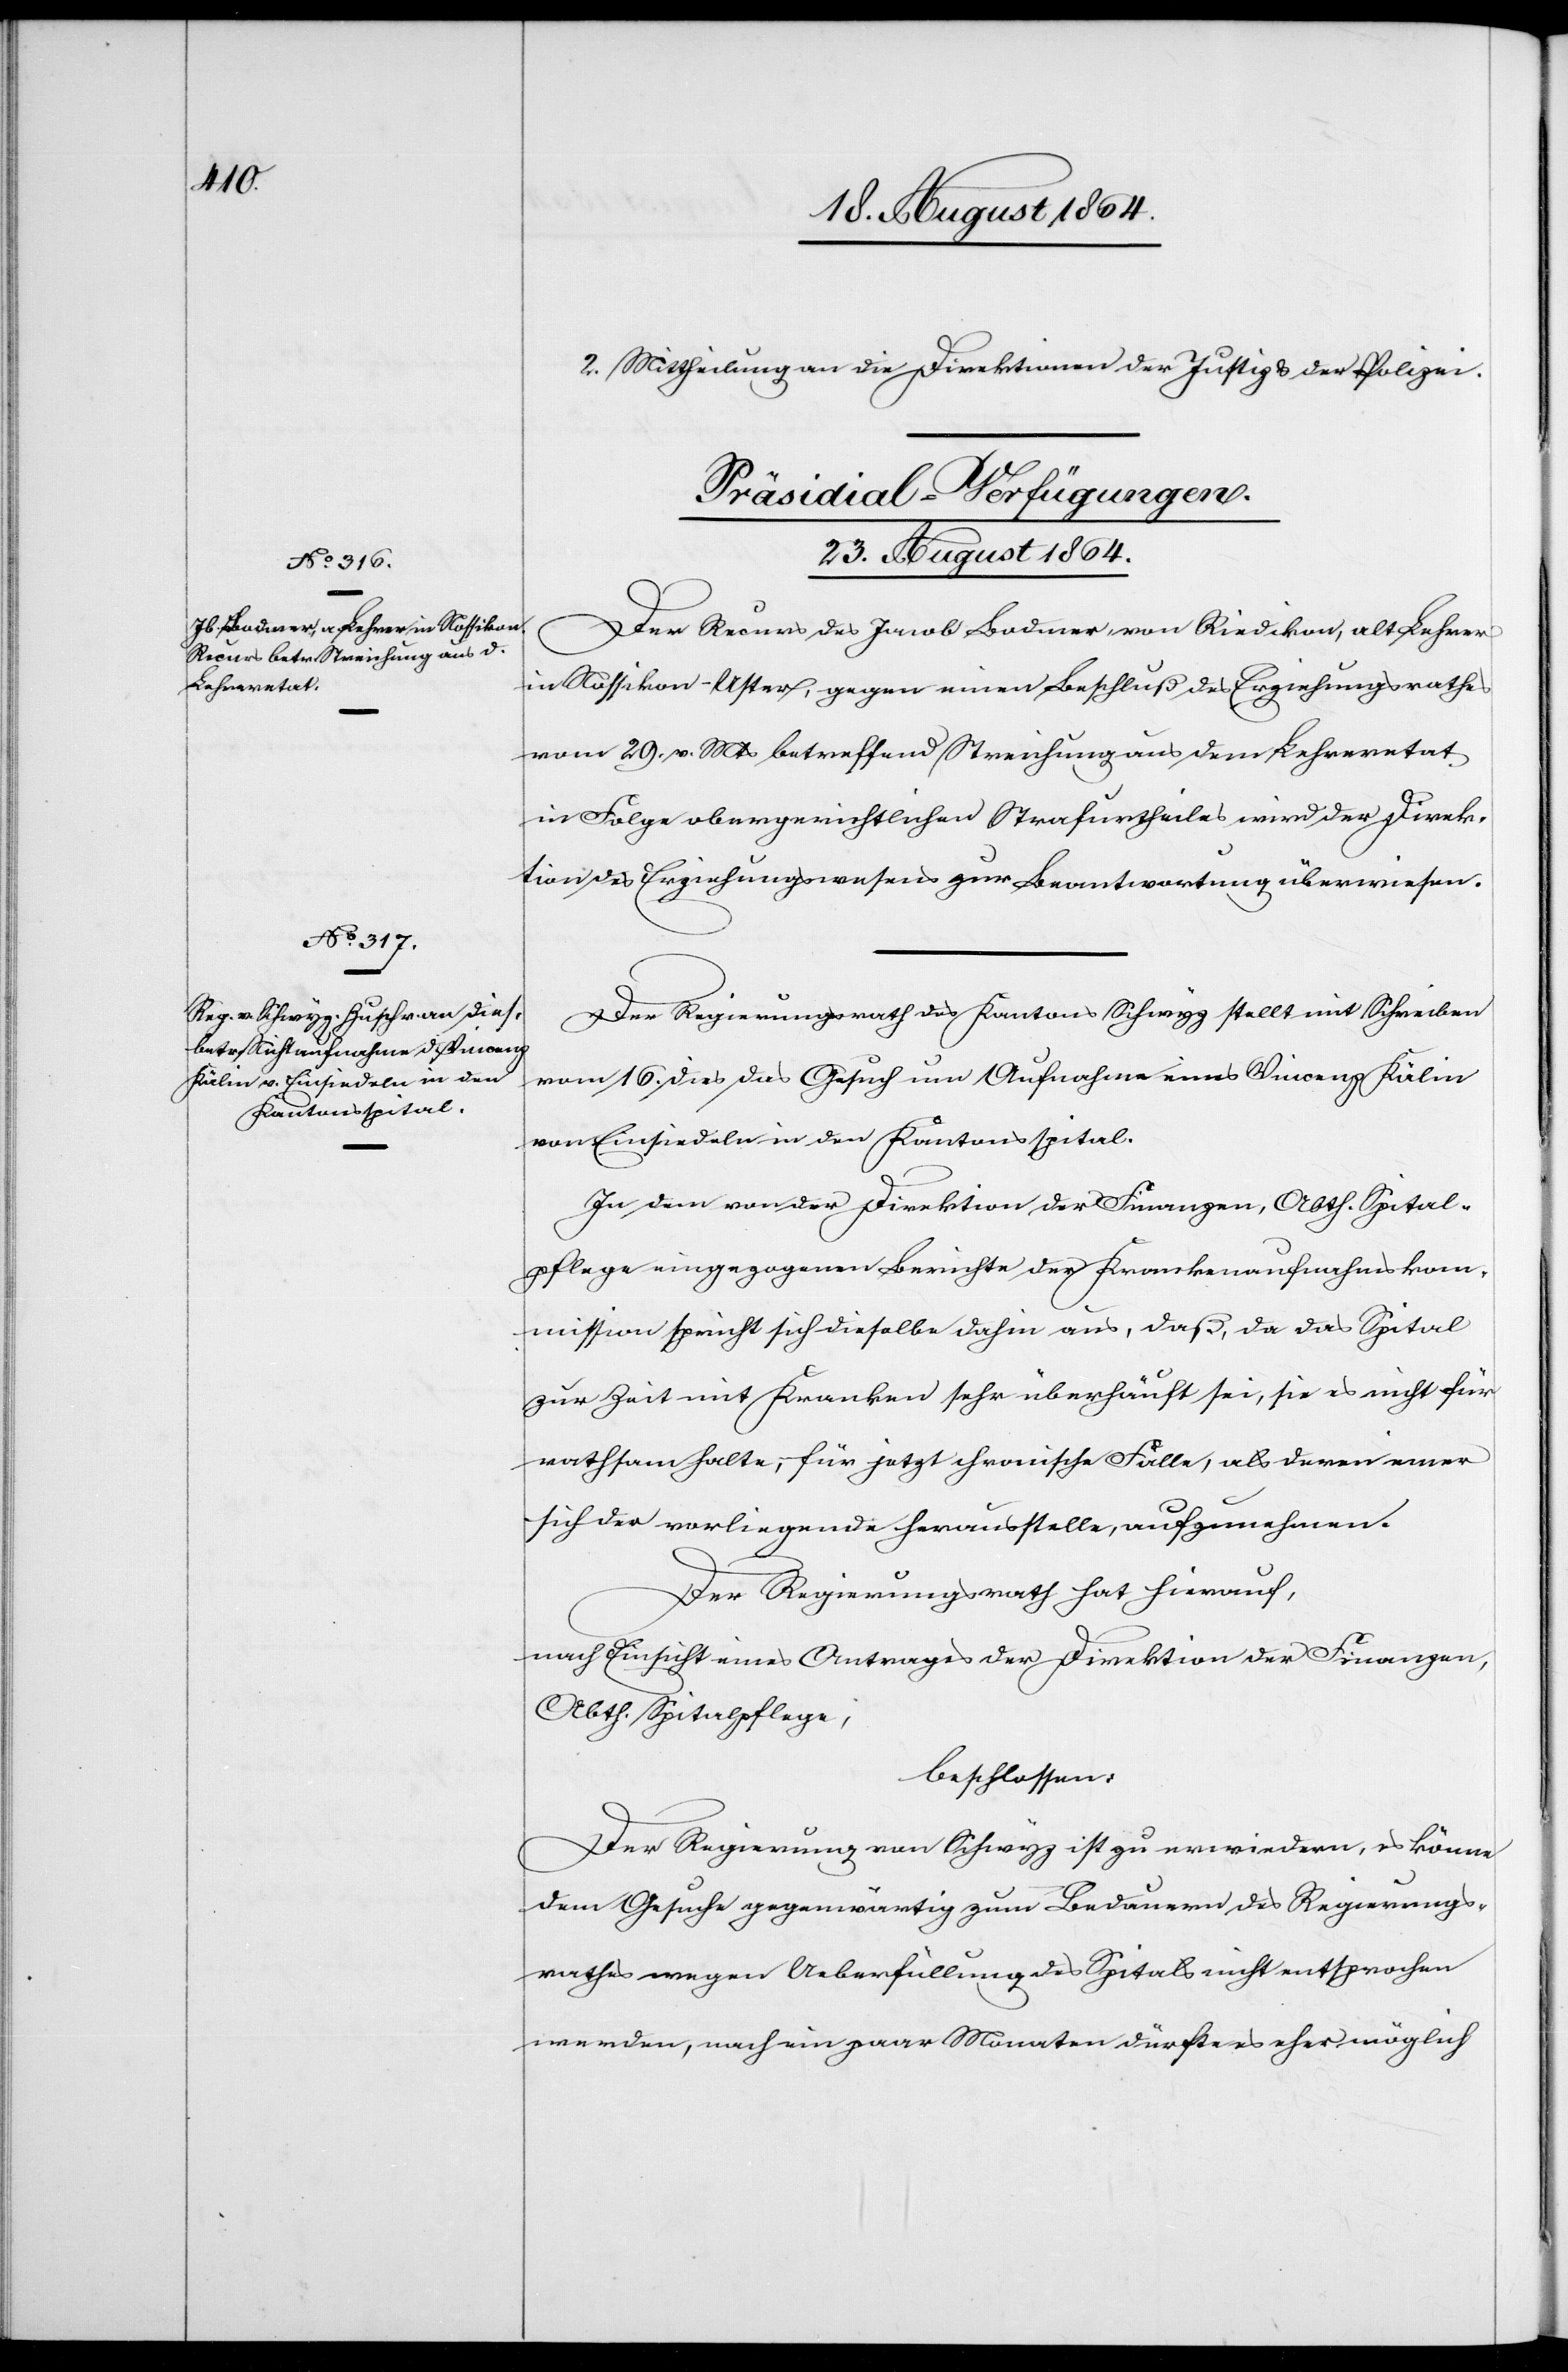
2. Mittheilung an die Direktionen der Justiz & der Polizei.
[Präsidial-Verfügungen.
23. August 1864.]
Der Recurs des Jacob Bodmer von Riedikon, alt Lehrer
in Nossikon-Uster, gegen einen Beschluß des Erziehungsrathes
vom 29. v. Mts. betreffend Streichung aus dem Lehreretat
in Folge obergerichtlichen Strafurtheiles wird der Direk¬
tion des Erziehungswesens zur Beantwortung überwiesen.
Der Regierungsrath des Kantons Schwyz stellt mit Schreiben
vom 16. dies das Gesuch um Aufnahme eines Vincenz Kälin
von Einsiedeln in den Kantonsspital.
In dem von der Direktion der Finanzen, Abtheilung Spital¬
pflege eingegangenen Berichte der Krankenaufnahmskom¬
mission spricht sich dieselbe dahin aus, daß, da das Spital
zur Zeit mit Kranken sehr überhäuft sei, sie es nicht für
rathsam halte, für jetzt chronische Fälle, als deren einer
sich der vorliegende herausstelle, aufzunehmen.
Der Regierungsrath hat hierauf,
nach Einsicht eines Antrages der Direktion der Finanzen,
Abth. Spitalpflege,
beschlossen:
Der Regierung von Schwyz ist zu erwiedern, es könne
dem Gesuche gegenwärtig zum Bedauern des Regierungs¬
rathes wegen Ueberfüllung des Spitals nicht entsprochen
werden, nach ein paar Monaten dürfte es aber möglich